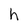
Character: h